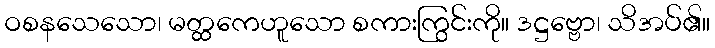
ဝစနသေသော၊ မတ္ထကေဟူသော စကားကြွင်းကို။ ဒဋ္ဌဗ္ဗော၊ သိအပ်၏။